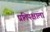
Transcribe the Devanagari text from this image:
प्रतिपक्षाला